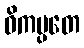
ဝိကမ္ပတေ